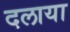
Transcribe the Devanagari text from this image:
दलाया